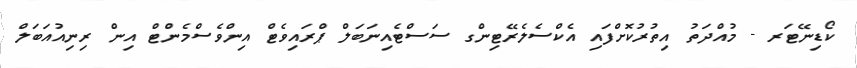
ކޯޑިނޭޓަރ - މުއްދަތު އިތުރުކޮށްފައި އެކްސެލެރޭޓިންގ ސަސްޓެއިނަބަލް ޕްރައިވެޓް އިންވެސްމެންޓް އިން ރިނިއުއަބަލް